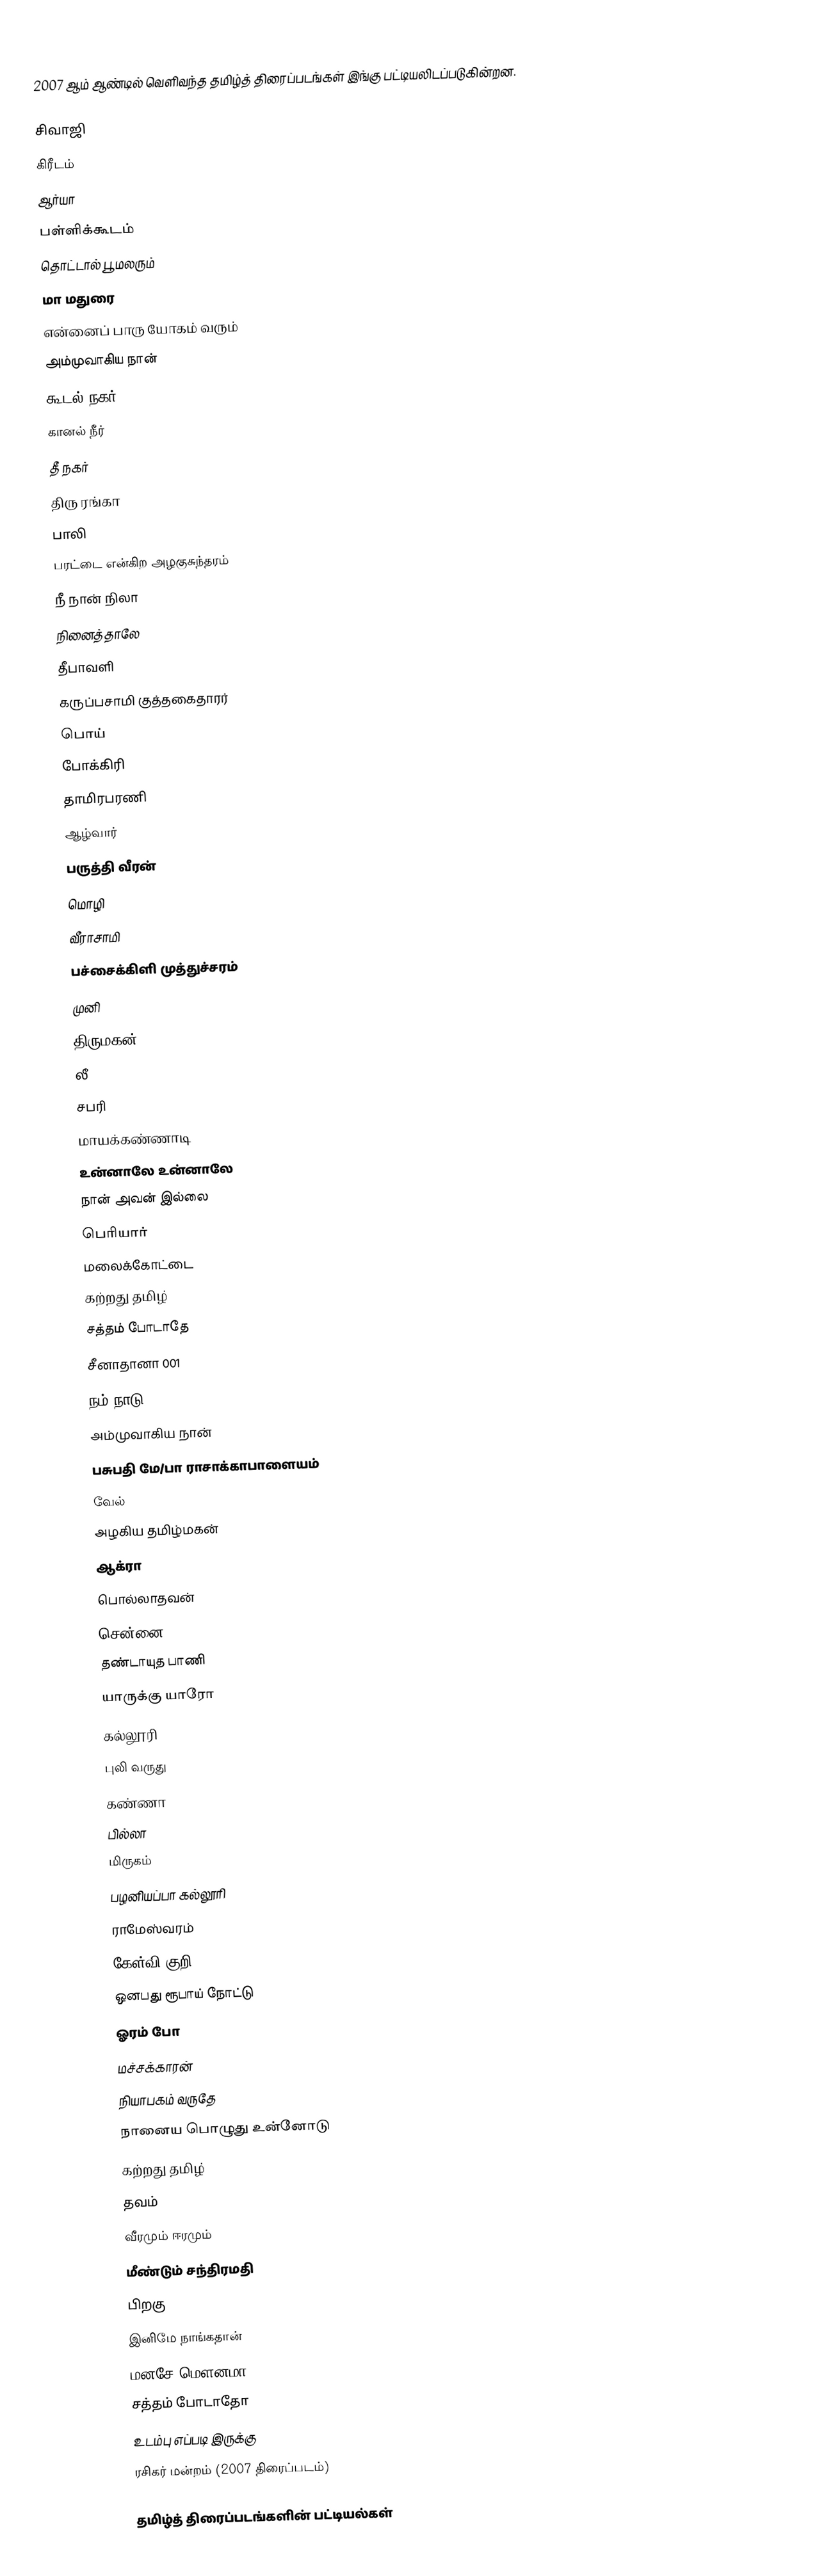
2007 ஆம் ஆண்டில் வெளிவந்த தமிழ்த் திரைப்படங்கள் இங்கு பட்டியலிடப்படுகின்றன.

 சிவாஜி
 கிரீடம்
 ஆர்யா
 பள்ளிக்கூடம்
 தொட்டால் பூ மலரும்
 மா மதுரை
 என்னைப் பாரு யோகம் வரும்
 அம்முவாகிய நான்
 கூடல் நகர்
 கானல் நீர்
 தீ நகர்
 திரு ரங்கா
 பாலி
 பரட்டை என்கிற அழகுசுந்தரம்
 நீ நான் நிலா
 நினைத்தாலே
 தீபாவளி
 கருப்பசாமி குத்தகைதாரர்
 பொய்
 போக்கிரி
 தாமிரபரணி
 ஆழ்வார்
 பருத்தி வீரன்
 மொழி
 வீராசாமி
 பச்சைக்கிளி முத்துச்சரம்
 முனி
 திருமகன்
 லீ
 சபரி
 மாயக்கண்ணாடி
 உன்னாலே உன்னாலே
 நான் அவன் இல்லை
 பெரியார்
 மலைக்கோட்டை
 கற்றது தமிழ்
 சத்தம் போடாதே
 சீனாதானா 001
 நம் நாடு
 அம்முவாகிய நான்
 பசுபதி மே/பா ராசாக்காபாளையம்
 வேல்
 அழகிய தமிழ்மகன்
 ஆக்ரா
 பொல்லாதவன்
 சென்னை 600028
 தண்டாயுத பாணி
 யாருக்கு யாரோ
 கல்லூரி
 புலி வருது
 கண்ணா
 பில்லா
 மிருகம்
 பழனியப்பா கல்லூரி
 ராமேஸ்வரம்
 கேள்வி குறி
 ஒனபது ரூபாய் நோட்டு
 ஓரம் போ
 மச்சக்காரன்
 நியாபகம் வருதே
 நானைய பொழுது உன்னோடு
 கற்றது தமிழ்
 தவம்
 வீரமும் ஈரமும்
 மீண்டும் சந்திரமதி
 பிறகு
 இனிமே நாங்கதான்
 மனசே மௌனமா
 சத்தம் போடாதோ
 உடம்பு எப்படி இருக்கு
ரசிகர் மன்றம் (2007 திரைப்படம்)

தமிழ்த் திரைப்படங்களின் பட்டியல்கள்